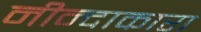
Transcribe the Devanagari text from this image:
नीन्दाकारा